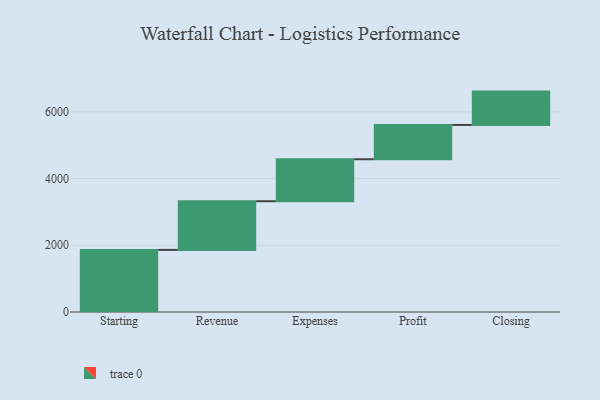
{"axis": {"x": "Step", "y": "Value"}, "legend": [""], "data": [{"x": "Starting", "y": 1862.0, "type": ""}, {"x": "Revenue", "y": 1459.0, "type": ""}, {"x": "Expenses", "y": 1259.0, "type": ""}, {"x": "Profit", "y": 1028.0, "type": ""}, {"x": "Closing", "y": 1000, "type": ""}]}